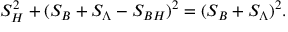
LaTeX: S _ { H } ^ { 2 } + ( S _ { B } + S _ { \Lambda } - S _ { B H } ) ^ { 2 } = ( S _ { B } + S _ { \Lambda } ) ^ { 2 } .